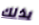
بذلك